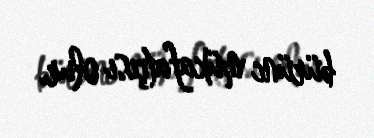
bürünc mükafatçısı olur.